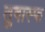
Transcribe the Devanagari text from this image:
तुषास्फ